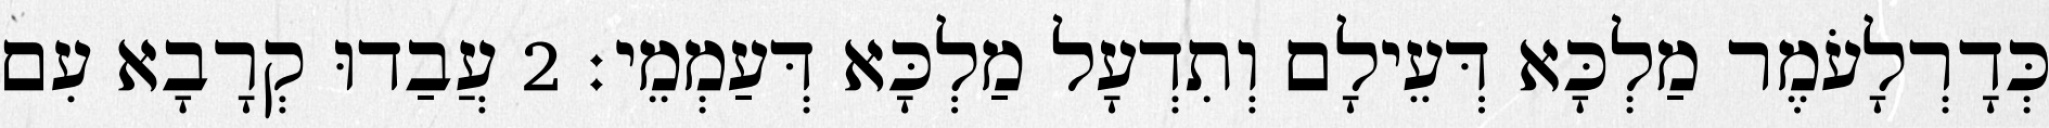
כְּדָרְלָעֹמֶר מַלְכָּא דְּעֵילָם וְתִדְעָל מַלְכָּא דְּעַמְמֵי׃ 2 עֲבַדוּ קְרָבָא עִם